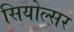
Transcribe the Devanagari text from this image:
सियोल्सर